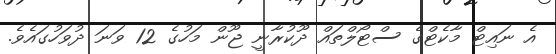
އެ ނައިޓް މާކެޓްގެ ސްޓޯލްތައް ދޫކުރާނީ ޖޫން މަހުގެ 12 ވަނަ ދުވަހުގައެވެ.